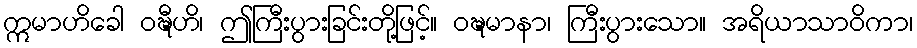
ဣမာဟိခေါ ဝဍ္ဎီဟိ၊ ဤကြီးပွားခြင်းတို့ဖြင့်။ ဝဍ္ဎမာနာ၊ ကြီးပွားသော။ အရိယာသာဝိကာ၊